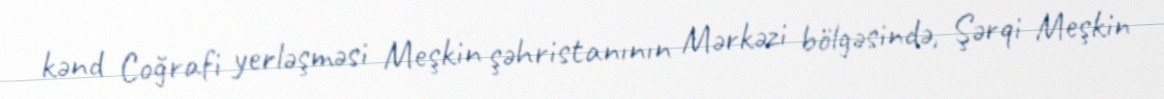
kənd Coğrafi yerləşməsi Meşkin şəhristanının Mərkəzi bölgəsində, Şərqi Meşkin